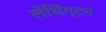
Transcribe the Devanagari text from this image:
लेथिंग्टन